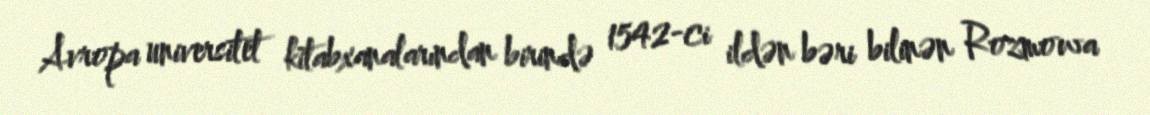
Avropa universitet kitabxanalarından birində 1542-ci ildən bəri bilinən Rozmowa